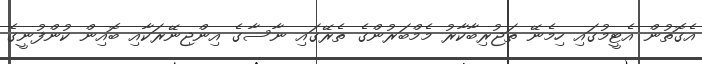
އެގޮތުން އެޓީމުގައި ހިމެނޭ ތަޖުރިބާކާރު މެމްބަރުންގެ ތެރޭގައި ނާސާގެ އިންޖިނޭރަކާއި ބޮއިން ކުންފުނީގެ